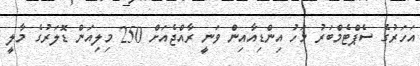
އަހަރުގެ ސެޕްޓެމްބަރު މަހު އިންޑިއާއިން ވަނީ ރާއްޖެއަށް 250 މިލިއަން ޑޮލަރުގެ މާލީ